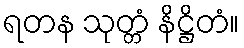
ရတန သုတ္တံ နိဋ္ဌိတံ။